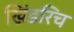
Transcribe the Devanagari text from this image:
खिंडरिच